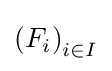
\left(F_{i}\right)_{i\in I}